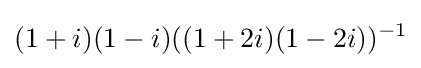
(1+i)(1-i)((1+2i)(1-2i))^{-1}